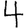
Digit: 4